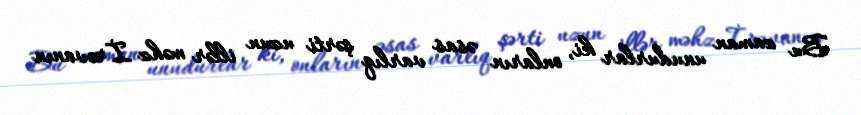
Bu zaman unudurlar ki, onların əsas varlıq şərti uzun illər məhz İrəvanın